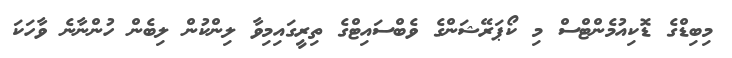
މިބިޑްގެ ޑޮކިއުމެންޓްސް މި ކޯޕަރޭޝަންގެ ވެބްސައިޓްގެ ތިރީގައިމިވާ ލިންކުން ލިބެން ހުންނާނެ ވާހަކަ